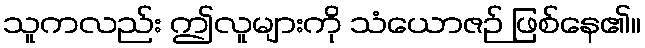
သူကလည်း ဤလူများကို သံယောဇဉ် ဖြစ်နေ၏။